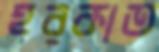
হরকাত